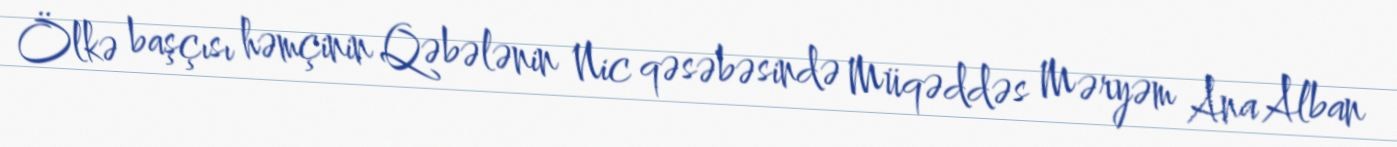
Ölkə başçısı həmçinin Qəbələnin Nic qəsəbəsində Müqəddəs Məryəm Ana Alban